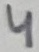
Text: 4